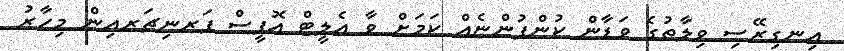
އިނގިރޭސި ވިލާތުގެ ވަޑާން ކުންފުންޏެއް ކަމަށް ވާ އެލީޓް އޮފީސް ފަރނިޗަރއިން މިހާރު